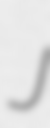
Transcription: J